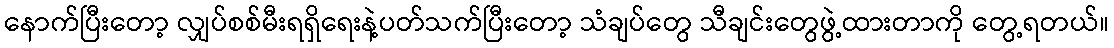
နောက်ပြီးတော့ လျှပ်စစ်မီးရရှိရေးနဲ့ပတ်သက်ပြီးတော့ သံချပ်တွေ သီချင်းတွေဖွဲ့ထားတာကို တွေ့ရတယ်။